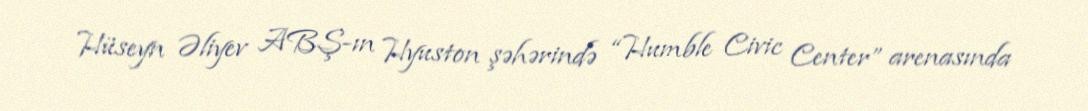
Hüseyn Əliyev ABŞ-ın Hyuston şəhərində “Humble Civic Center” arenasında